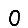
Digit: 0